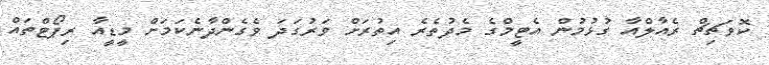
ކޮވަޗިޗް ރެއާލްއާ ގުޅުމުން އެޓީމްގެ މެދުތެރެ އިތުރަށް ވަރުގަދަ ވެގެންދާނެކަމަށް މީޑީއާ ރިޕޯޓްތައް